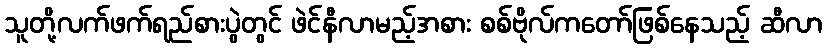
သူတို့လက်ဖက်ရည်စားပွဲတွင် ဖဲင်နီလာမည့်အစား စစ်ဗိုလ်ကတော်ဖြစ်နေသည့် ဆီလာ